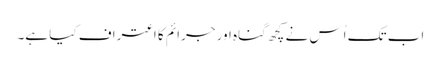
اب تک اُس نے کچھ گناہ اور جرائم کا اعتراف کیا ہے۔